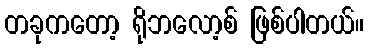
တခုကတော့ ရိုဘလော့စ် ဖြစ်ပါတယ်။